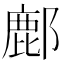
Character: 鄜